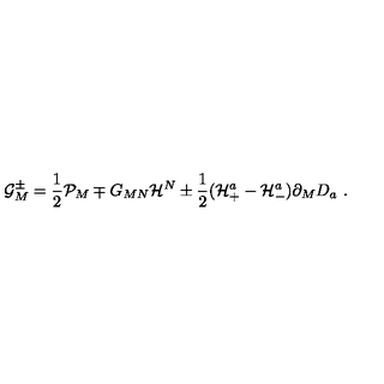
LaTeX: { \cal G } _ { M } ^ { \pm } = \frac { 1 } { 2 } { \cal P } _ { M } \mp G _ { M N } { \cal H } ^ { N } \pm \frac { 1 } { 2 } ( { \cal H } _ { + } ^ { a } - { \cal H } _ { - } ^ { a } ) \partial _ { M } D _ { a } \ .